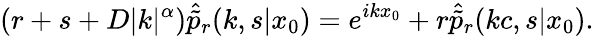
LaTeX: (r+s+D|k|^{\alpha})\hat{\tilde{p}}_{r}(k,s|x_{0})=e^{ikx_{0}}+r\hat{\tilde{p}}_{r}(kc,s|x_{0}).